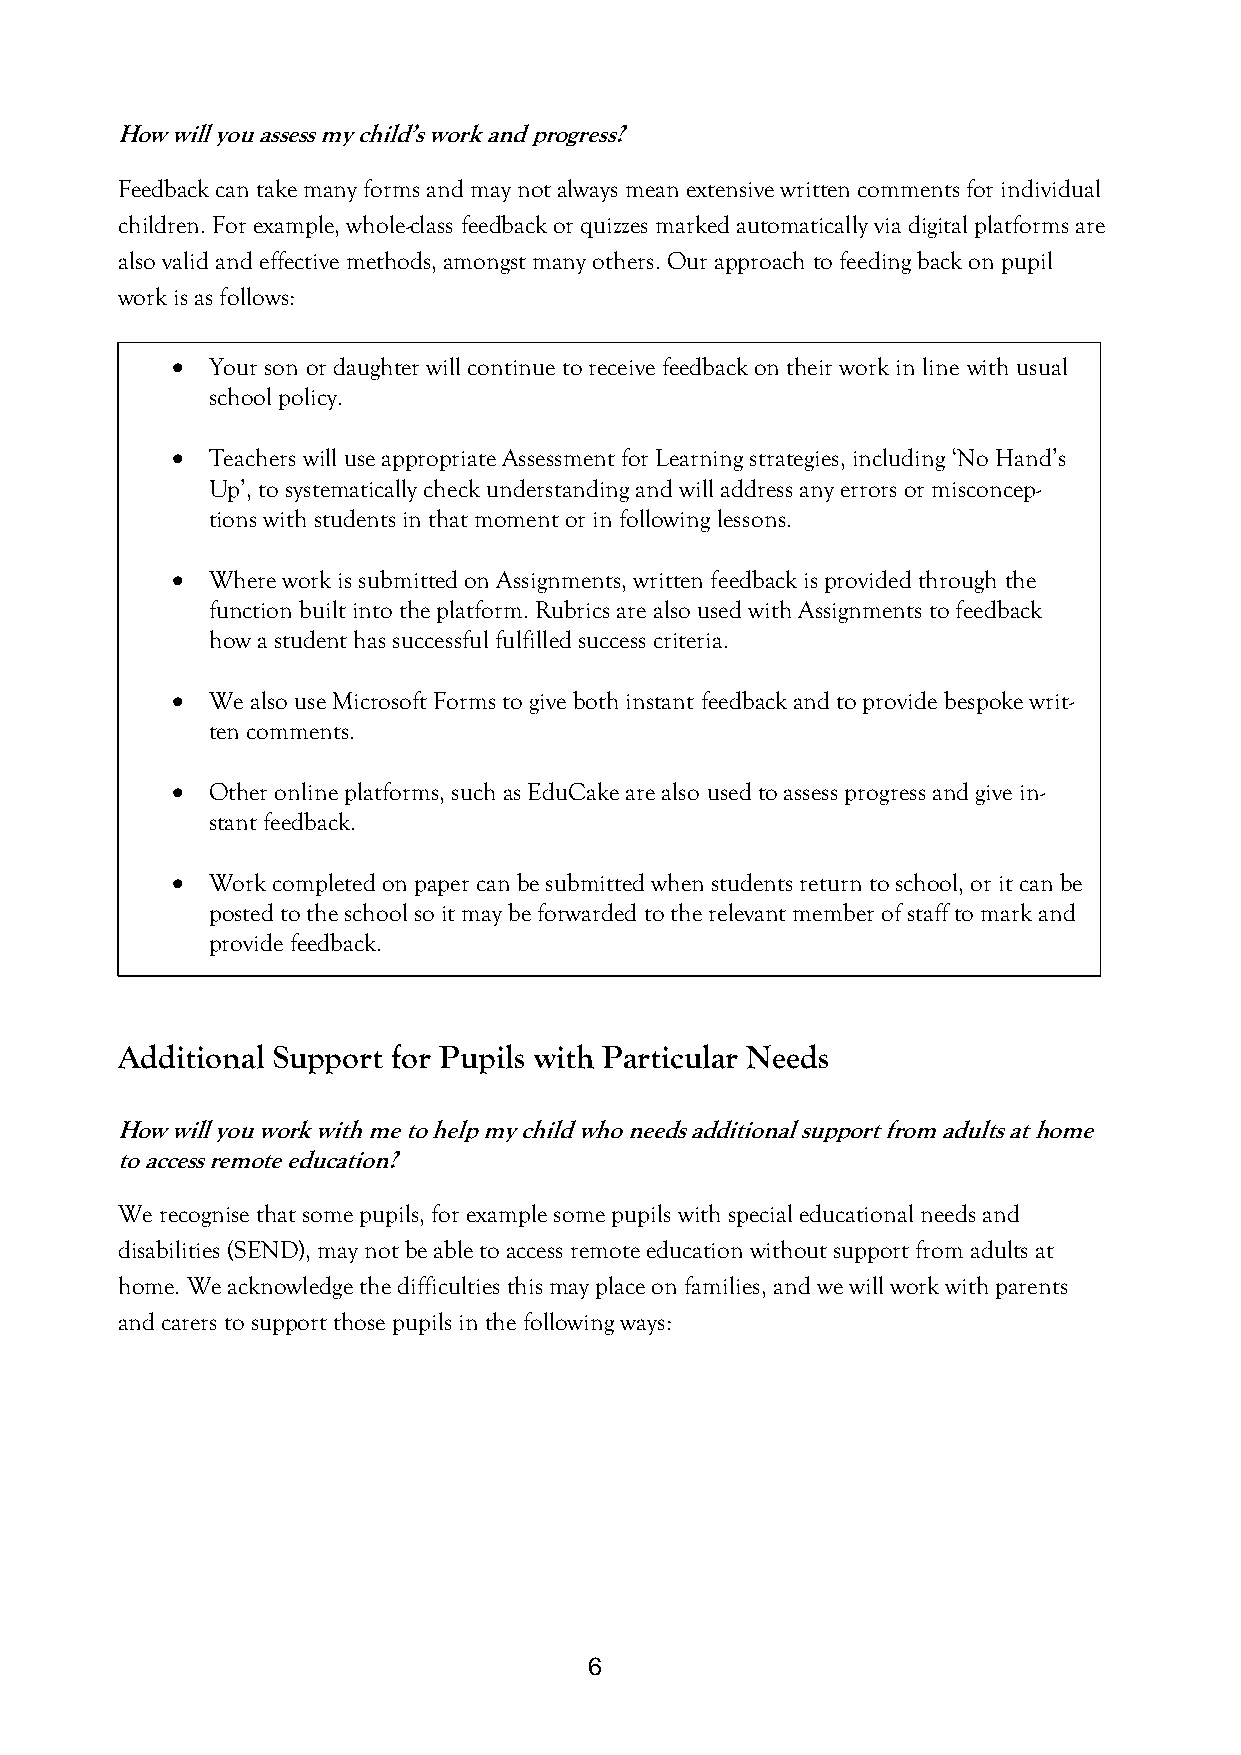
How will you assess my child’s work and progress?
 Feedback can take many forms and may not always mean extensive written comments for individual
 children. For example, whole-class feedback or quizzes marked automatically via digital platforms are
 also valid and effective methods, amongst many others. Our approach to feeding back on pupil
 work is as follows:
   Your son or daughter will continue to receive feedback on their work in line with usual
 school policy.
   Teachers will use appropriate Assessment for Learning strategies, including ‘No Hand’s
 Up’, to systematically check understanding and will address any errors or misconcep-
 tions with students in that moment or in following lessons.
   Where work is submitted on Assignments, written feedback is provided through the
 function built into the platform. Rubrics are also used with Assignments to feedback
 how a student has successful fulfilled success criteria.
   We also use Microsoft Forms to give both instant feedback and to provide bespoke writ-
 ten comments.
   Other online platforms, such as EduCake are also used to assess progress and give in-
 stant feedback.
   Work completed on paper can be submitted when students return to school, or it can be
 posted to the school so it may be forwarded to the relevant member of staff to mark and
 provide feedback.
 Additional Support for Pupils with Particular Needs
 How will you work with me to help my child who needs additional support from adults at home
 to access remote education?
 We recognise that some pupils, for example some pupils with special educational needs and
 disabilities (SEND), may not be able to access remote education without support from adults at
 home. We acknowledge the difficulties this may place on families, and we will work with parents
 and carers to support those pupils in the following ways:
 6